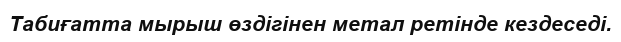
Табиғатта мырыш өздігінен метал ретінде кездеседі.